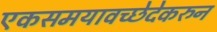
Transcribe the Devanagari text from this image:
एकसमयावच्छेदेकरुन